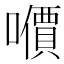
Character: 𰉀